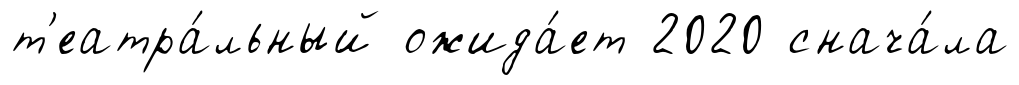
т'еатра́льный ожида́ет 2020 снача́ла